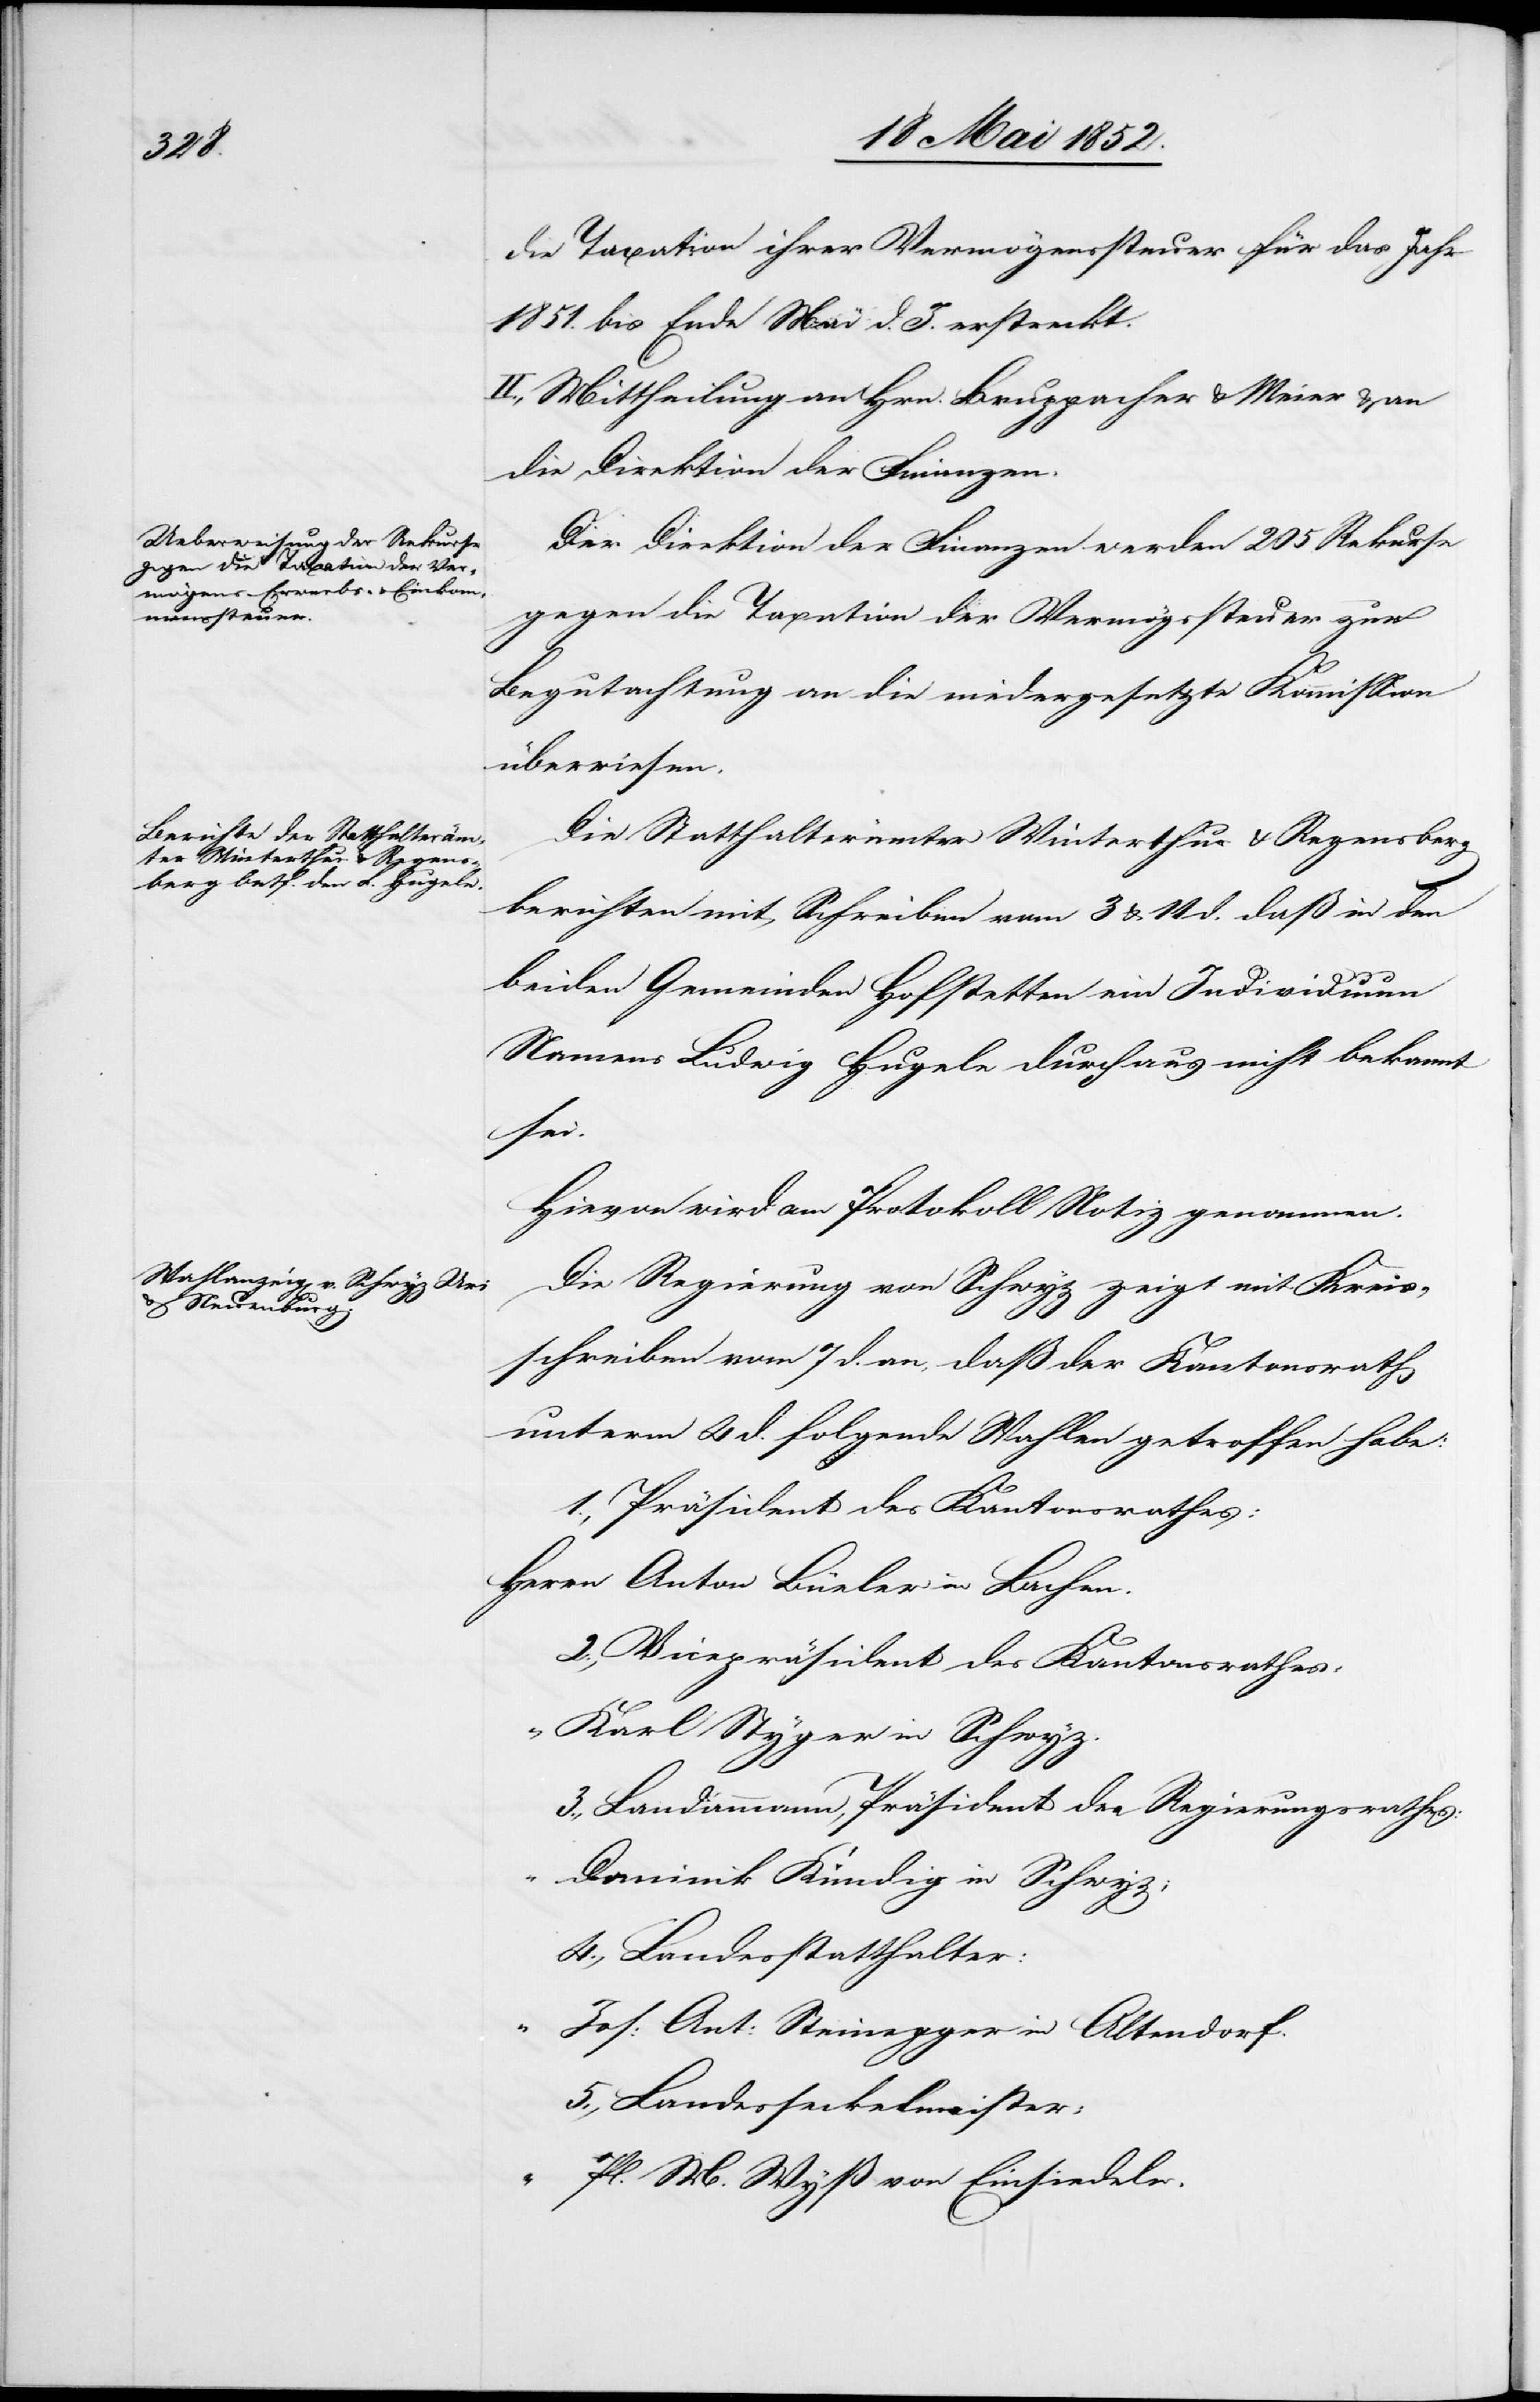
die Taxation ihrer Vermögenssteuer für das Jahr
1851. bis Ende Mai d. J. erstreckt.
II., Mittheilung an Hrn. Bruppacher & Meier & an
die Direktion der Finanzen.
Der Direktion der Finanzen werden 205. Rekurse
gegen die Taxation der Vermög[en]ssteuer zur
Begutachtung an die niedergesetzte Kommission
überwiesen.
Die Statthalterämter Winterthur & Regensberg
berichten mit Schreiben vom 3 & 11 d. daß in den
beiden Gemeinden Hofstetten ein Individuum
Namens Ludwig Hugele durchaus nicht bekannt
Herrn
Hievon wird am Protokoll Notiz genommen.
Die Regierung von Schwyz zeigt mit Kreis¬
schreiben vom 7 d. an, daß der Kantonsrath
unterm 4 d. folgende Wahlen getroffen habe:
1., Präsident des Kantonsrathes:
Anton Büeler in Lachen.
2., Vicepräsident des Kantonsrathes:
Karl Styger in Schwyz.
3., Landammann, Präsident des Regierungsrathes:
Dominik Kündig in Schwyz;
4., Landesstatthalter:
“
Jos: Ant: Steinegger in Altendorf.
5., Landesseckelmeister:
Pl. M. Wyß von Einsiedeln.